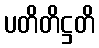
ပတိတိဋ္ဌတိ